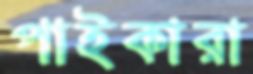
পাইকারা